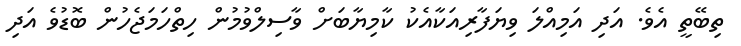
ތިބޭތީ އެވެ. އަދި އަމިއްލަ ވިޔަފާރިއަކާއެކު ކާމިޔާބަށް ވާސިލްވުމުން ހިތްހަމަޖެހުން ބޮޑުވެ އަދި